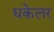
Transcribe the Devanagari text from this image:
धकेलर